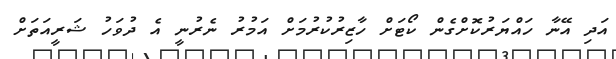
އަދި އޭނާ ހައްޔަރުކޮށްގެން ކޯޓަށް ހާޒިރުކުރުމަށް އަމުރު ނެރުނީ އެ ދުވަހު ޝަރީއަތަށް